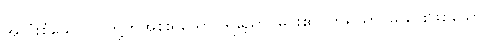
အလုံးစုံသော လူတို့ကိုအစိုးရသော။ ရညော၊ မင်း၏။ ဘရိယာ၊ မယားဖြစ်သော။